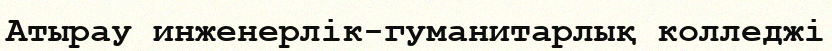
Атырау инженерлік-гуманитарлық колледжі